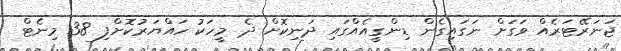
ޖަނަރޭޓަރެއް ވަގަށް ނަގައިގެން ޑިންގީއެއްގައި ދަނިކޮށް ދެ މީހަކު ހައްޔަރުކޮށްފި 38 މިނެޓް